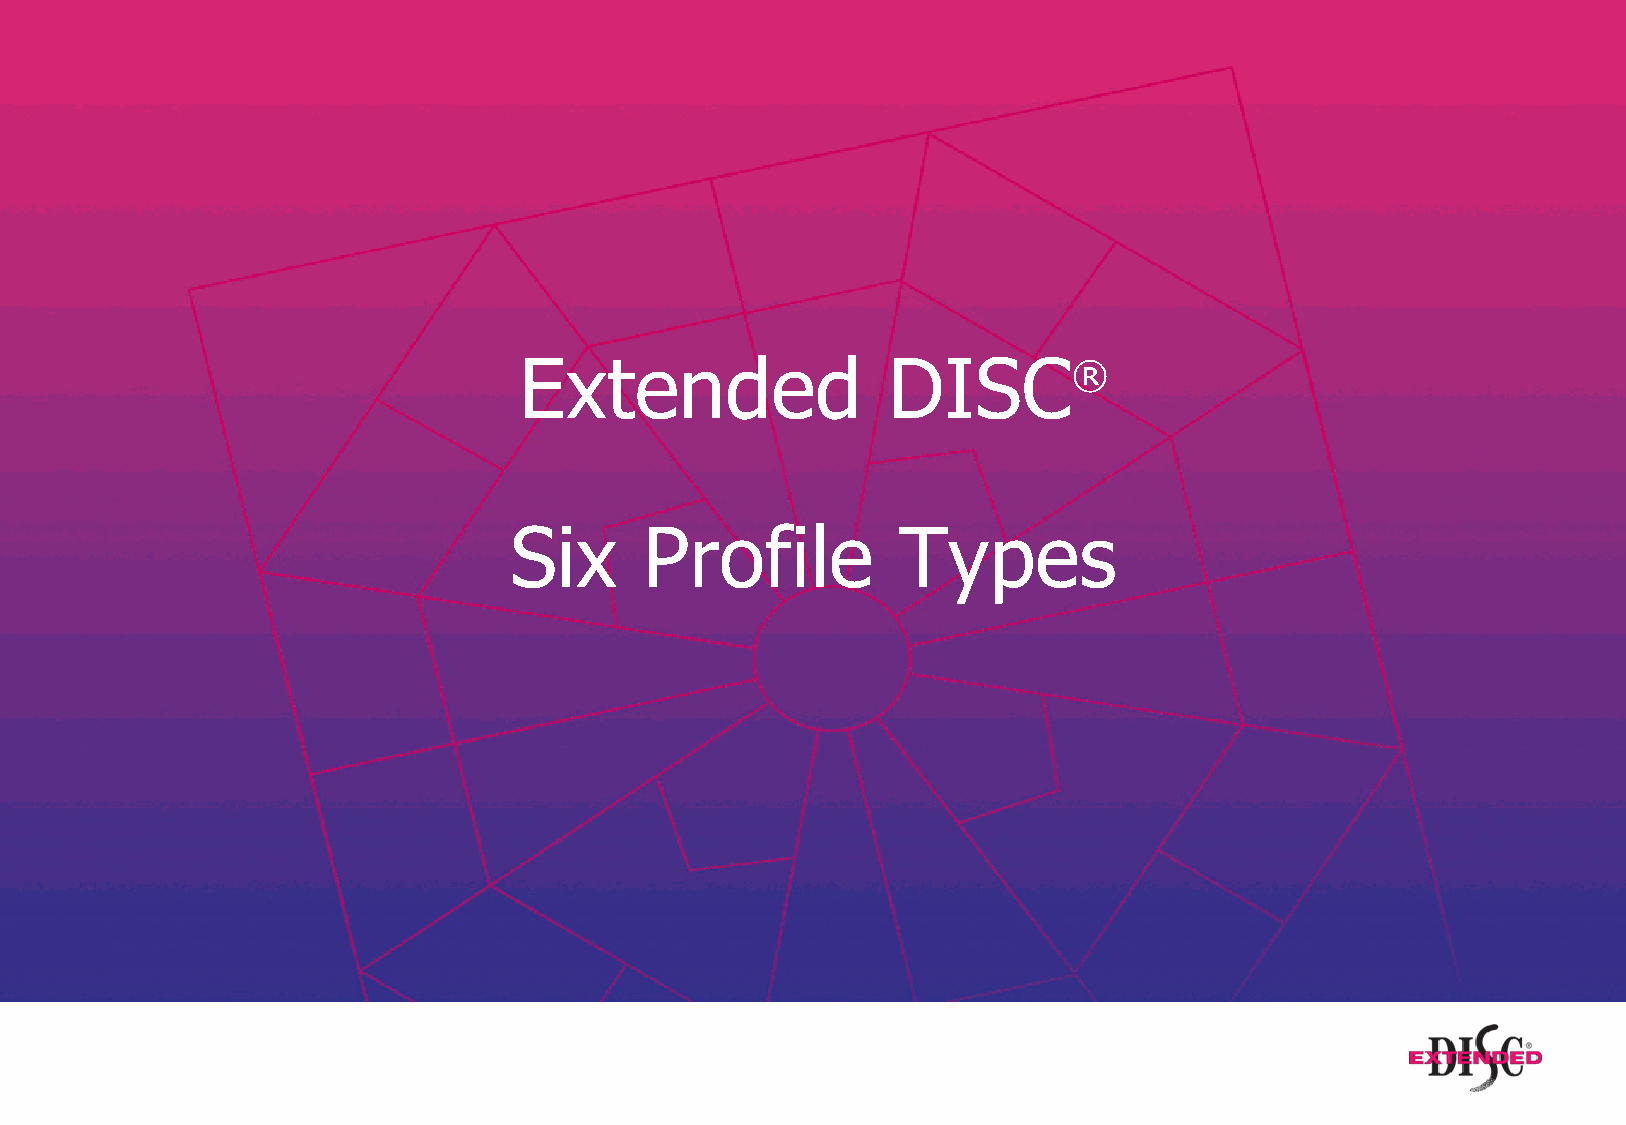
Extended                 DISC®
 Six      Profile         Types